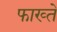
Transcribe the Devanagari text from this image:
फाख्ते